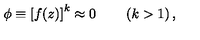
\phi \equiv \left[ f ( z ) \right] ^ { k } \approx 0 \qquad \left( k > 1 \right) ,